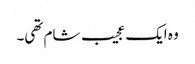
وہ ایک عجیب شام تھی۔